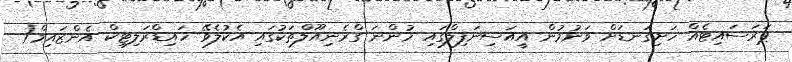
ޕަރަސައިޓެއް ހަށިގަނޑަށް ވަނުމުން އީއަސިނަފިލްގައި ހުންނަ ގްރެނިއޫލްތަކުގައި އެކުލެވޭ ހައިޑްރަލިޓިކް އެންޒައިމް(